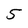
Character: 5